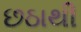
છઠાથી